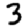
Digit: 3